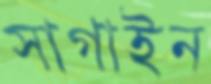
সাগাইন